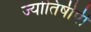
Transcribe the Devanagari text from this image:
ज्योतिषीपी